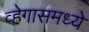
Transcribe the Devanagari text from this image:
व्हेगासमध्ये